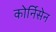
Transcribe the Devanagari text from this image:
कोर्निसेन